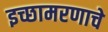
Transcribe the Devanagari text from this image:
इच्छामरणाचे